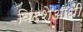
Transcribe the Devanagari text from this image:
विदशेआधी